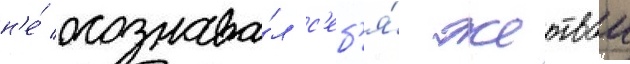
н'е́ осознава́л с'еб'я́ жертвои